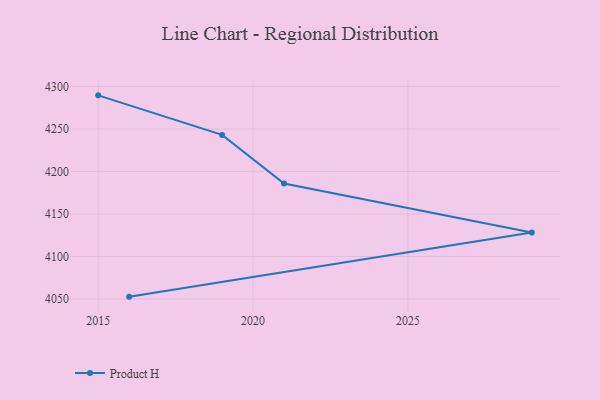
{"axis": {"x": "Year", "y": "Humidity (%)"}, "legend": ["Product H"], "data": [{"x": "2015", "y": 4289.5, "type": "Product H"}, {"x": "2019", "y": 4243.0, "type": "Product H"}, {"x": "2021", "y": 4185.7, "type": "Product H"}, {"x": "2029", "y": 4128.2, "type": "Product H"}, {"x": "2016", "y": 4052.7, "type": "Product H"}]}